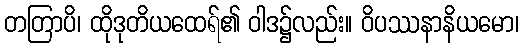
တတြာပိ၊ ထိုဒုတိယထေရ်၏ ဝါဒ၌လည်း။ ဝိပဿနာနိယမော၊